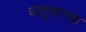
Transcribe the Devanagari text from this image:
धातूसारखा